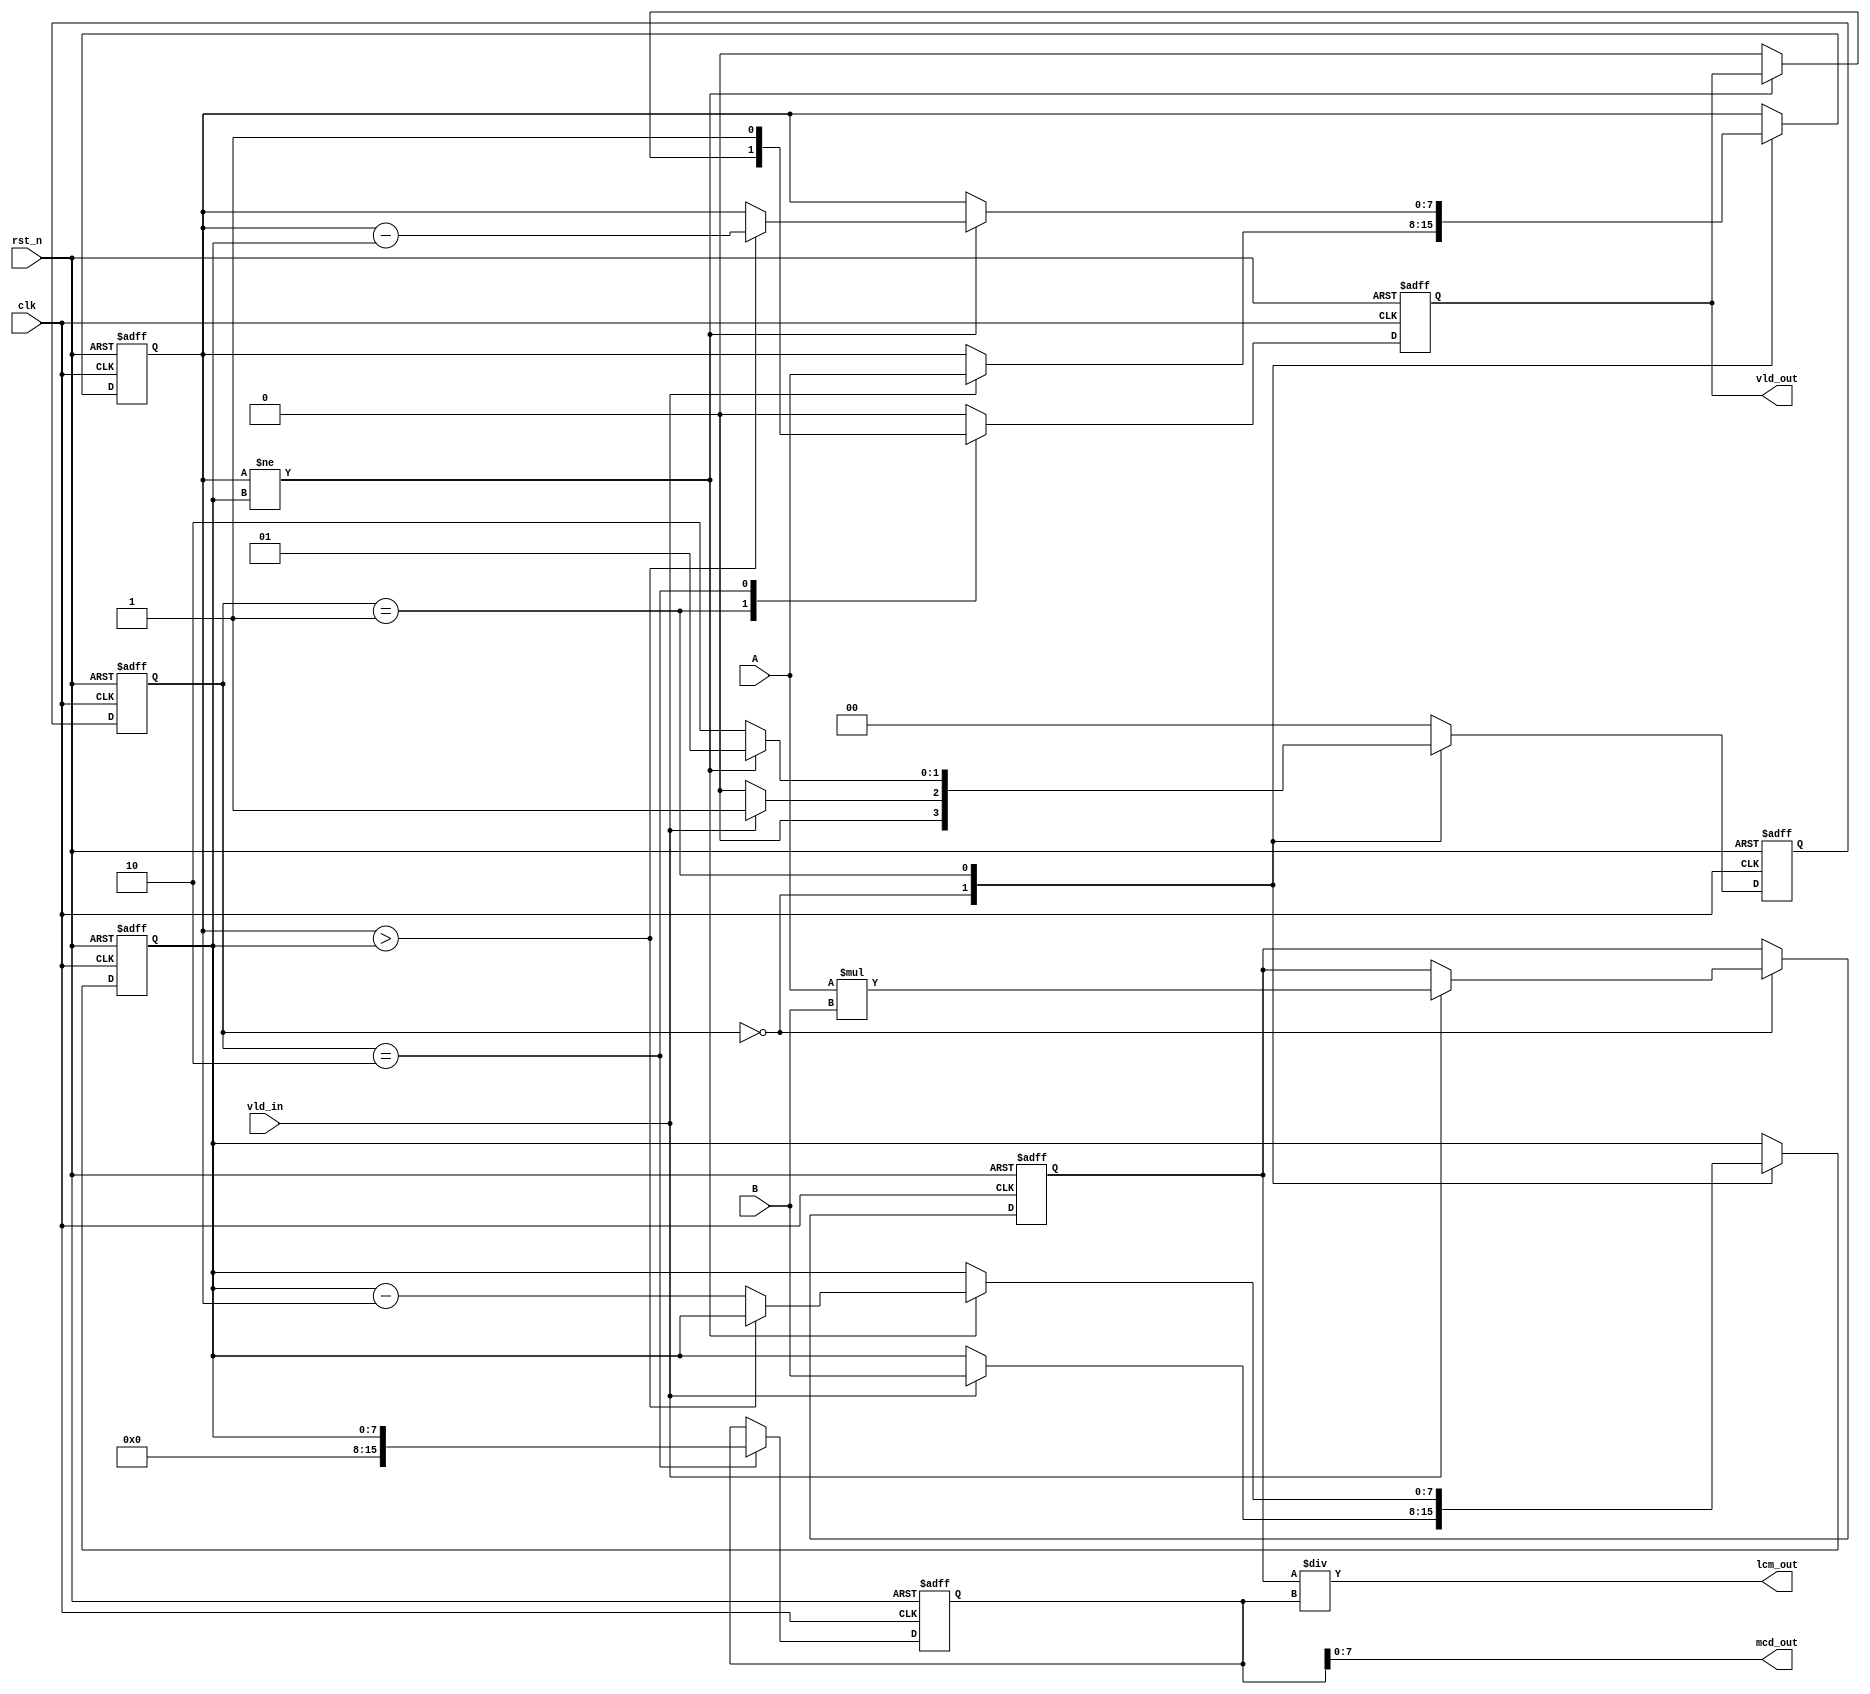
// ======================================================================
// Copyright (c) 2023-2023 All rights reserved
// ======================================================================
// Affiliation  : Tsinghua Univ & NeuraMatrix
// Revise Date  : 2023-06-10 15:04:35
// Description  : VL75 on nowcoder
// ======================================================================

`timescale 1ns/1ns

module lcm #(
  parameter DATA_W = 8
) (
  input  wire [DATA_W-1:0]   A,
  input  wire [DATA_W-1:0]   B,
  input  wire                vld_in,
  input  wire                rst_n,
  input  wire                clk,
  output wire [DATA_W*2-1:0] lcm_out,
  output wire [DATA_W-1:0]   mcd_out,
  output reg                 vld_out
);
  reg [DATA_W-1:0]   atemp, btemp;
  reg [DATA_W*2-1:0] mcd, lcm_buf;
  reg [1:0]          state, nexts;
  parameter IDLE = 2'b00, BUSY = 2'b01, VALID = 2'b10;

  always@(posedge clk or negedge rst_n) begin
    if(!rst_n)
      state <= IDLE;
    else
      state <= nexts;
  end

  always@(posedge clk or negedge rst_n) begin
    if(!rst_n) begin
      atemp <= 0;
      btemp <= 0;
      mcd <= 0;
      lcm_buf <= 0;
      vld_out <= 0;
      nexts <= IDLE;
    end else begin
      case(state)
        IDLE: begin
          if(vld_in) begin
            atemp <= A;
            btemp <= B;
            vld_out <= 0;
            lcm_buf <= A*B;
            nexts <= BUSY;
          end else begin
            nexts <= IDLE;
            vld_out <= 0;
          end
        end
        BUSY: begin
          if(atemp!=btemp) begin
            nexts <= BUSY;
            if(atemp>btemp) begin   
              atemp <= atemp-btemp;
              btemp <= btemp;
            end else begin   
              btemp <= btemp-atemp;
              atemp <= atemp;
            end
          end else begin
            vld_out <= 0;
            nexts <= VALID;
          end
        end
        VALID: begin
          mcd <= btemp;
          vld_out <= 1;
          nexts <= IDLE;
        end
        default: begin
          vld_out <= 0;
          nexts <= IDLE;
        end
      endcase
    end
  end

  assign mcd_out = mcd;
  assign lcm_out = lcm_buf/mcd;

endmodule



// ================================================
// Fast Method
// ================================================

// module lcm #(
//   parameter DATA_W = 8
// ) (
//   input  wire [DATA_W-1:0]   A,
//   input  wire [DATA_W-1:0]   B,
//   input  wire                vld_in,
//   input  wire                rst_n,
//   input  wire                clk,
//   output wire [DATA_W*2-1:0] lcm_out,
//   output wire [DATA_W-1:0]   mcd_out,
//   output wire                vld_out
// );

//   reg  [DATA_W-1:0] A_reg;
//   reg  [DATA_W-1:0] B_reg;
//   reg               cal_en;
//   reg               cal_done;
//   reg  [DATA_W-1:0] mcd_result;

//   wire [DATA_W-1:0] A_last_one;
//   wire [DATA_W-1:0] B_last_one;
//   wire [$clog2(DATA_W)-1:0] mcd_con;

//   wire [DATA_W-1:0] A_cal_init;
//   wire [DATA_W-1:0] B_cal_init;
//   reg  [DATA_W-1:0] A_cal;
//   reg  [DATA_W-1:0] B_cal;

//   wire [DATA_W-1:0] Acal_last_one;
//   wire [DATA_W-1:0] Bcal_last_one;
//   wire [DATA_W-1:0] Acal_odd;
//   wire [DATA_W-1:0] Bcal_odd;

//   reg  [1:0] cal_cs;
//   reg  [1:0] cal_ns;

//   localparam S_IDLE = 2'd0;
//   localparam S_INIT = 2'd1;
//   localparam S_CAL0 = 2'd2;

//   always @(posedge clk or negedge rst_n) begin
//     if (~rst_n) begin
//       A_reg <= {DATA_W{1'b0}};
//       B_reg <= {DATA_W{1'b0}};
//       cal_en <= 1'b0;
//     end else if (vld_in) begin
//       A_reg <= A;
//       B_reg <= B;
//       cal_en <= 1'b1;
//     end else if (vld_out) begin
//       cal_en <= 1'b0;
//     end
//   end

//   assign A_last_one = ~(A_reg - 1'b1) & A_reg;
//   assign B_last_one = ~(B_reg - 1'b1) & B_reg;
//   assign mcd_con = (A_last_one > B_last_one) ? $clog2(B_last_one) : $clog2(A_last_one);
//   assign A_cal_init = A_reg >> $clog2(A_last_one);
//   assign B_cal_init = B_reg >> $clog2(B_last_one);

//   assign Acal_last_one = ~(A_cal - 1'b1) & A_cal;
//   assign Bcal_last_one = ~(B_cal - 1'b1) & B_cal;
//   assign Acal_odd = A_cal >> $clog2(Acal_last_one);
//   assign Bcal_odd = B_cal >> $clog2(Bcal_last_one);

//   assign vld_out = cal_done;
//   assign mcd_out = mcd_result;
//   assign lcm_out = A_reg * B_reg / mcd_out;

//   always @(posedge clk or negedge rst_n) begin
//     if (~rst_n) begin
//       cal_cs <= S_IDLE;
//     end else begin
//       cal_cs <= cal_ns;
//     end
//   end

//   always @(*) begin
//     cal_ns = cal_cs;
//     case (cal_cs)
//       S_IDLE: begin
//         if (vld_in) begin
//           cal_ns = S_INIT;
//         end
//       end
//       S_INIT: begin
//         cal_ns = S_CAL0;
//       end
//       S_CAL0: begin
//         if (Acal_odd == Bcal_odd) begin
//           cal_ns = S_IDLE;
//         end
//       end
//     endcase
//   end

//   always @(posedge clk or negedge rst_n) begin
//     if (~rst_n) begin
//       A_cal <= {DATA_W{1'b0}};
//       B_cal <= {DATA_W{1'b0}};
//       cal_done <= 1'b0;
//       mcd_result <= {DATA_W{1'b0}};
//     end else begin
//       case (cal_cs)
//       S_IDLE: begin
//         cal_done <= 1'b0;
//       end
//         S_INIT: begin
//           A_cal <= A_cal_init;
//           B_cal <= B_cal_init;
//         end
//         S_CAL0: begin
//           if (Acal_odd == Bcal_odd) begin
//             cal_done <= 1'b1;
//             mcd_result <= Acal_odd << mcd_con;
//           end else begin
//             A_cal <= (Acal_odd > Bcal_odd) ? (Acal_odd - Bcal_odd) : (Bcal_odd - Acal_odd);
//             B_cal <= (Acal_odd > Bcal_odd) ? Bcal_odd : Acal_odd;
//           end
//         end
//       endcase
//     end
//   end

// endmodule